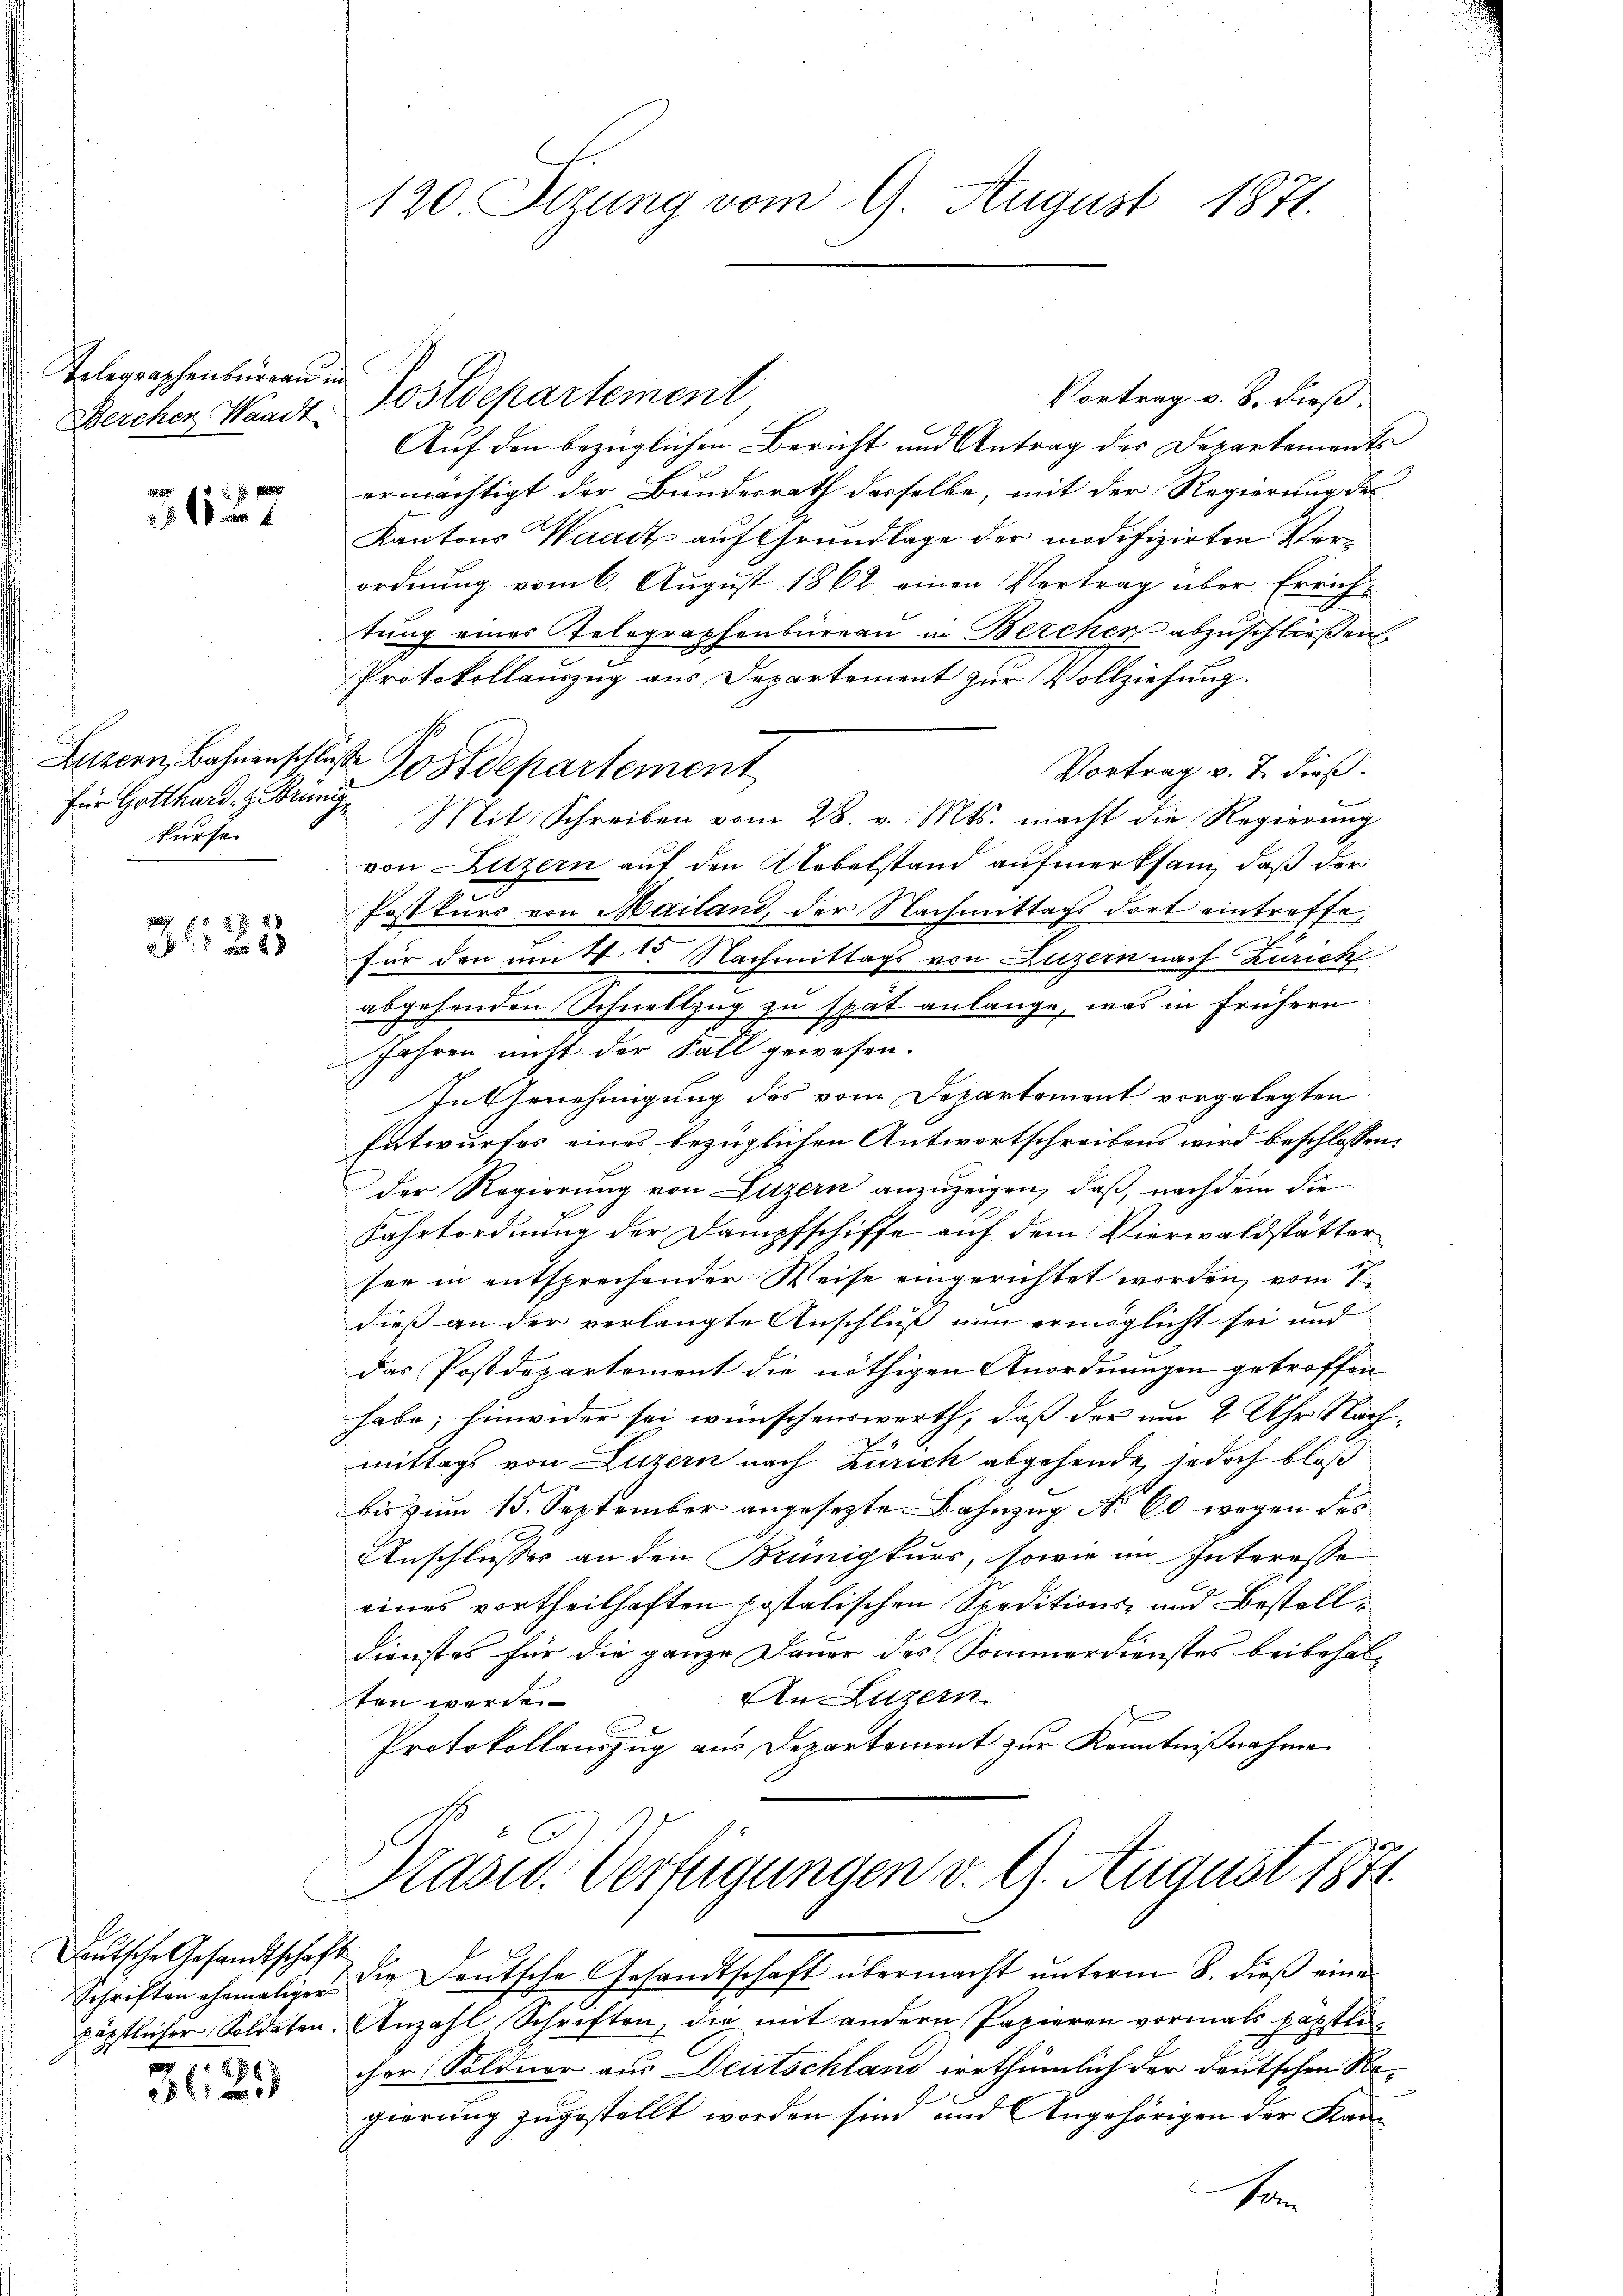
Telegraphenburgau in
Bercher Waadt

3137

für Gotthard, z. Brüngfürse

i
25

Deutsche Gesandtschaft
86

3

120 Sizung vom 9. August 1871.

Postdepartement
Vortrag v. 8. dieß.
Auf den bezüglichen Bericht und Antrag des Departements
ermächtigt der Bundesrath desselbe, mit der Regierung der
Kantons Waadt auf Grundlage der modifizirten Verordnung vom 6. August 1862 einen Vertrag über Errich-
tung eines Telegraphenbureau in Berchen abzuschließen.
Protokollauszug aus Departement zur Vollziehung.
Luzern, Bahnenschluße Postdepartement
Vortrag v. J. dieß:
Mit Schreiben vom 28. v. Mts. macht die Regierung
von Luzern auf den Uebelstand aufmerksam, daß der
Postkurs von Mailand, der Nachmittags dort eintreffe,
für den um 4 te Nachmittags von Luzern nach Zürich
abgehenden Schnellzug zu spät anlange, was in frühern
Jahren nicht der Fall gewesen.
In Genehmigung des vom Departement vorgelegten
Entwurfes eines bezüglichen Antwortschreibens wird beschlossen:
der Regierung von Luzern anzuzeigen, daß, nachdem die
Fahrtordnung der Dampfschiffe auf dem Vierwaldstätter
see in entsprechender Weise eingerichtet worden, vom 1
dieß an der verlangte Anschluß nun ermöglicht sei und
Das Postdepartement die nöthigen Anordnungen getroffen
habe; hinwider sei wünschenswerth, daß der um 2 Uhr Nachmittags von Luzern nach Zürich abgehende, jedoch bloß
bis zum 15. September angesezte Bahnzug No 60 wegen des
Anschlusses an den Brünigkurs, sowie im Interesse
eines vortheilhaften postalischen Speditions- und Bestell¬
Dienstes für die ganze Dauer des Sommerdienstes beibehal¬
An Luzern
ten werde.
Protokollauszug aus Departement zur Kenntnißnahme

Präsid. Verfügungen v. 9. August 1871.

Schriften ehemalige & die Deutsche Gesandtschaft übermacht unterm 8. dieß eine
päpstlicher Soldeten. Anzahl Schriften, die mit andern Papieren vormals päpstlicher Söldner aus Deutschland irrthümlich der deutschen Nogierung zugestellt worden sind und Angehörigen der Kansen